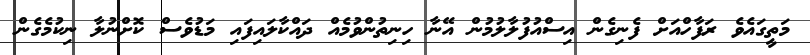
މަތީގައެވެ ރަފާހްއަށް ފެނިގެން އިސްއުފުލާލުމުން އޭނާ ހިނިތުންވުމެއް ދައްކާލައިފައި މަޑުވެސް ކޮށްނުލާ ނިކުމެގެން